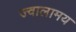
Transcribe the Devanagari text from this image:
ज्वालामय